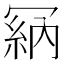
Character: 𠖘